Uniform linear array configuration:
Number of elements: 32
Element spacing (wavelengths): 0.5
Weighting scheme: blackman
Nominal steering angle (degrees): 15
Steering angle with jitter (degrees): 13.089
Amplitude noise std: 0.05
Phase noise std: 0.05

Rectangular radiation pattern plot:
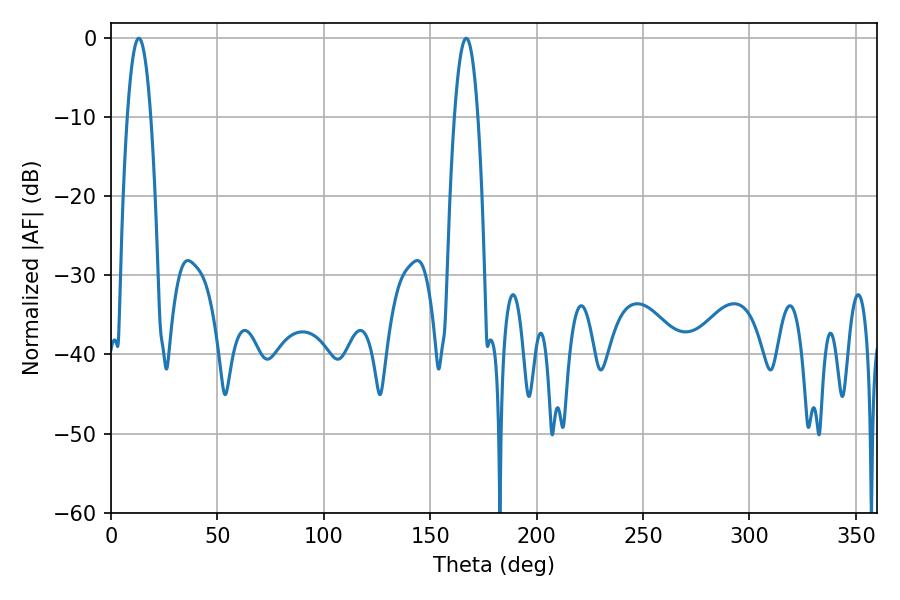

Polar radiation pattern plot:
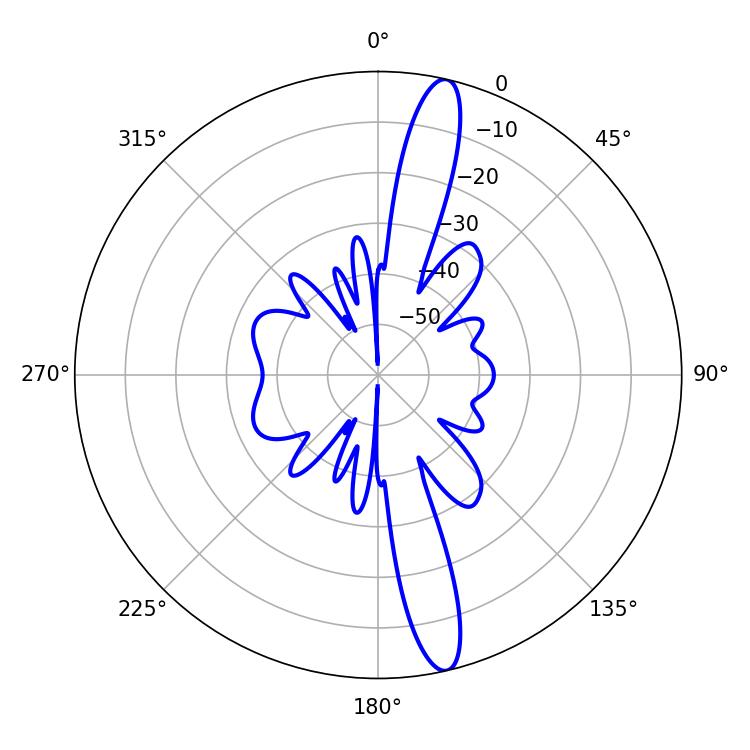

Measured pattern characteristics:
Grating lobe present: FALSE
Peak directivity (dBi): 15.847
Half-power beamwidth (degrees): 6.12
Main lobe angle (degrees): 13.14